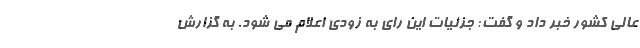
عالی کشور خبر داد و گفت: جزئیات این رای به زودی اعلام می شود. به گزارش